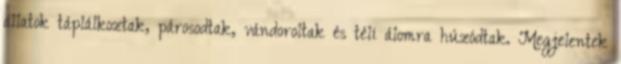
állatok táplálkoztak, párosodtak, vándoroltak és téli álomra húzódtak. Megjelentek